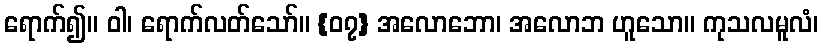
ရောက်၍။ ဝါ၊ ရောက်လတ်သော်။ {၀၇} အလောဘော၊ အလောဘ ဟူသော။ ကုသလမူလံ၊